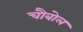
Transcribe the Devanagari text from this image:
चौबोल